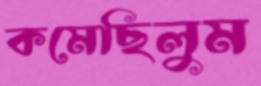
কমেছিলুম